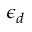
\epsilon _ { d }